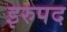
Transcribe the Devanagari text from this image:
इरुपद